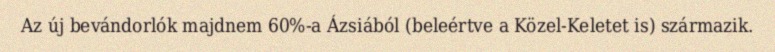
Az új bevándorlók majdnem 60%-a Ázsiából (beleértve a Közel-Keletet is) származik.